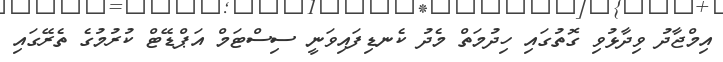
އިމްޖާދު ވިދާޅުވި ގޮތުގައި ހިދުމަތް މެދު ކެނޑިފައިވަނީ ސިސްޓަމް އަޕްޑޭޓް ކުރުމުގެ ތެރޭގައި